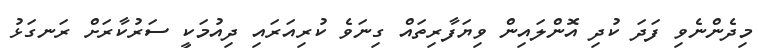
މިދެންނެވި ފަދަ ކުދި އޮންލައިން ވިޔަފާރިތައް ގިނަވެ ކުރިއަރައި ދިއުމަކީ ސަރުކާރަށް ރަނގަޅު